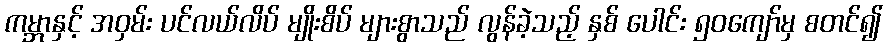
ကမ္ဘာနှင့် အဝှမ်း ပင်လယ်လိပ် မျိုးစိပ် များစွာသည် လွန်ခဲ့သည့် နှစ် ပေါင်း ၅၀ကျော်မှ စတင်၍